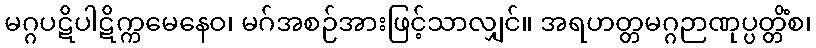
မဂ္ဂပဋိပါဋိက္ကမေနေဝ၊ မဂ်အစဉ်အားဖြင့်သာလျှင်။ အရဟတ္တမဂ္ဂဉာဏုပ္ပတ္တိံစ၊